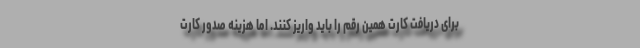
برای دریافت کارت همین رقم را باید واریز کنند. اما هزینه صدور کارت